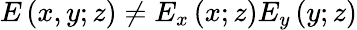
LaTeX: E\left(x,y;z\right)\neq E_{x}\left(x;z\right)E_{y}\left(y;z\right)